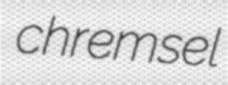
chremsel